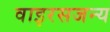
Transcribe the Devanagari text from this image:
वाइरसजन्य